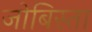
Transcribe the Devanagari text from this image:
जोबिस्ता